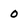
Character: 0